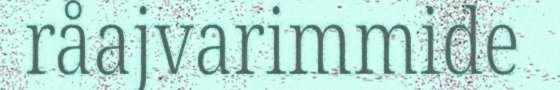
råajvarimmide